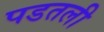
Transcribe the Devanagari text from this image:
पडतली